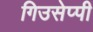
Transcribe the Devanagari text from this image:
गिउसेप्पी